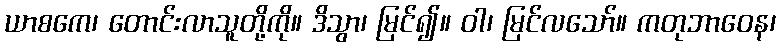
ယာစကေ၊ တောင်းလာသူတို့ကို။ ဒိသွာ၊ မြင်၍။ ဝါ၊ မြင်လသော်။ ကတုဘာဝေန၊